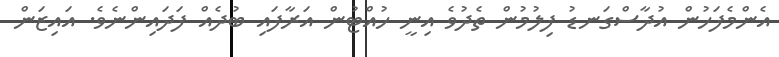
އެންމެފަހުން އުދާސްގަނޑު ފިލުމުން ތެދުވެ އިނީ ހުއްޓުން އަރާފައި ބުދެއް ފަދައިންނެވެ. އައިޒަން